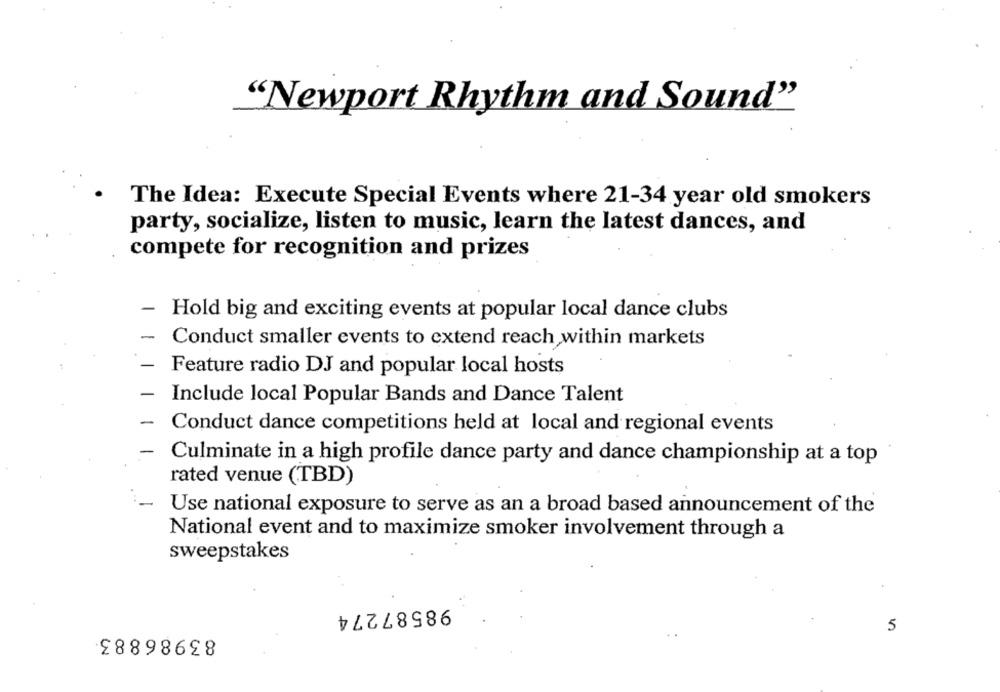
"Newport Rhythm and Sound"
The Idea: Execute Special Events where 21-34 year old smokers
party, socialize, listen to music, learn the latest dances, and
compete for recognition and prizes
Hold big and exciting events at popular local dance clubs
Conduct smaller events to extend reach within markets
Feature radio DJ and popular local hosts
Include local Popular Bands and Dance Talent
-
Conduct dance competitions held at local and regional events
Culminate in a high profile dance party and dance championship at a top
rated venue (TBD)
Use national exposure to serve as an a broad based announcement of the
National event and to maximize smoker involvement through a
sweepstakes
98587274
83986883
5